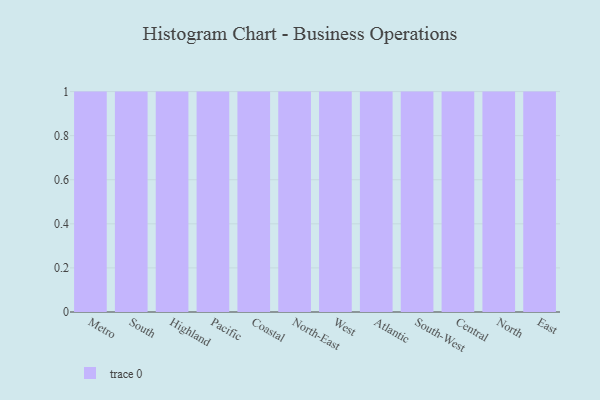
{"axis": {"x": "Region", "y": "Bounce Rate (%)"}, "legend": [""], "data": [{"x": "Metro", "y": 38, "type": ""}, {"x": "South", "y": 83, "type": ""}, {"x": "Highland", "y": 6, "type": ""}, {"x": "Pacific", "y": 76, "type": ""}, {"x": "Coastal", "y": 100, "type": ""}, {"x": "North-East", "y": 45, "type": ""}, {"x": "West", "y": 16, "type": ""}, {"x": "Atlantic", "y": 41, "type": ""}, {"x": "South-West", "y": 35, "type": ""}, {"x": "Central", "y": 13, "type": ""}, {"x": "North", "y": 16, "type": ""}, {"x": "East", "y": 30, "type": ""}]}